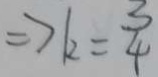
\Rightarrow k = \frac { 3 } { 4 }